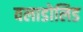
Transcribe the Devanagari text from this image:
वलाडोलिड